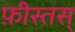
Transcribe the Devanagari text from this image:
फ़ीस्तस्